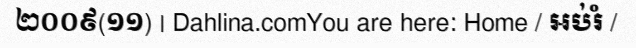
២០០៩(១១) | Dahlina.comYou are here: Home / អប់រំ /